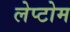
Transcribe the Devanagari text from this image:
लेप्टोम